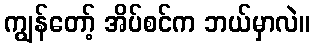
ကျွန်တော့် အိပ်စင်က ဘယ်မှာလဲ။